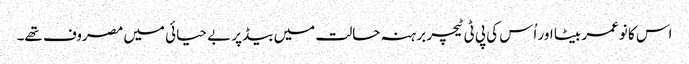
اس کا نوعمر بیٹا اور اُس کی پی ٹی ٹیچر برہنہ حالت میں بیڈ پر بے حیائی میں مصروف تھے۔